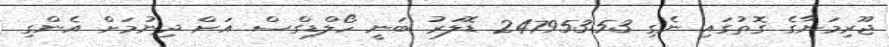
ޖޫރިމަނާގެ ގޮތުގައި ނެގި 247953.53 ޑޮލަރު ބަނީ ހޯލްޑިގްސް އަށް ދިނުމަށް އެންގި